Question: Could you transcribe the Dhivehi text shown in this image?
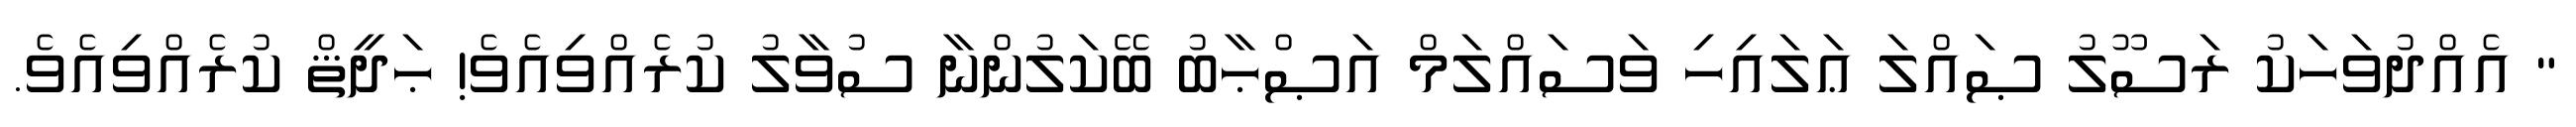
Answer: " އެއްދުވަހަކު ރަސޫލު ޞައްލަ ޢަލައިހި ވަސައްލަމް އަޞްޙާބު ބޭކަލުންނާ ސުވާލު ކުރެއްވިއެވެ! ޙަދީޘް ކުރެއްވިއެވެ.